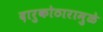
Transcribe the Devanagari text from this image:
दारुकोठारामुळे